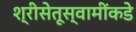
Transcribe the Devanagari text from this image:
श्रीसेतूस्वामींकडे